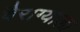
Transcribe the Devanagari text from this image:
वैराग्याला